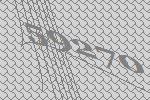
59270